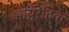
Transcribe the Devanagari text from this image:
डायूरेटिक